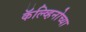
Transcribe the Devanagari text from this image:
कॅल्व्हिनोच्या